Leaving Certificate Examination (including Day School Certificate (Higher) General paper), 1939
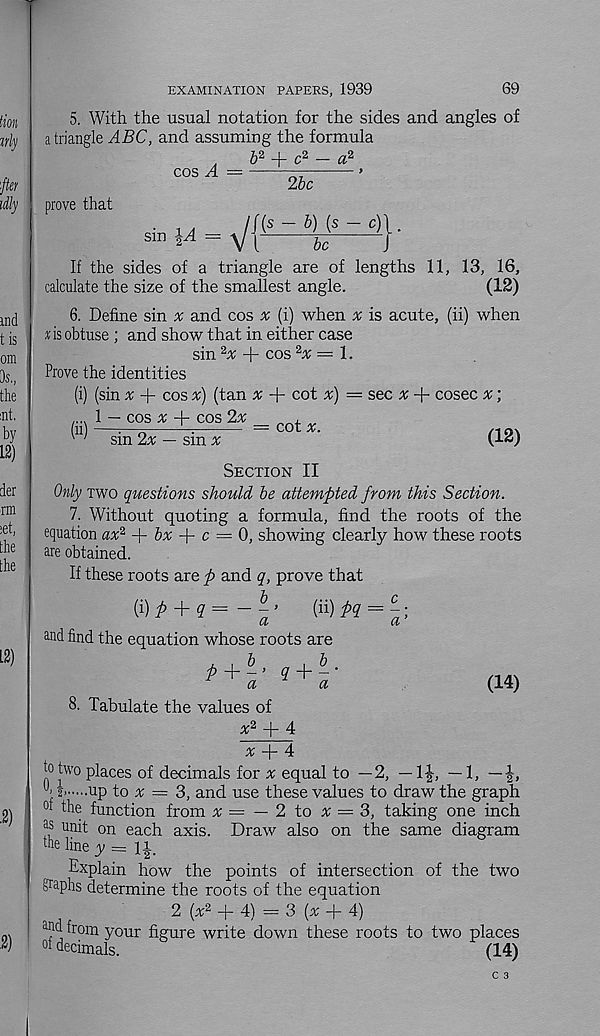
69
lion
%rly
'fief
idly
ind
t is
om
Os.,
the
mt.
by
12)
der
irm
:et,
the
the
12)
EXAMINATION PAPERS, 1939
5. With the usual notation for the sides and angles of
a triangle ABC, and assuming the formula
6 2 + c 2 — a 2
cos A —
prove that
sin IA
2bc
s — b) (s
be
A\
J
If the sides of a triangle are of lengths 11, 13, 16,
calculate the size of the smallest angle.
(12)
6. Define sin % and cos rr (i) when x is acute, (ii) when
x is obtuse ; and show that in either case
sin 2 x + cos
= 1.
Prove the identities
W
(ii)
(sin ^ + cos x) (tan a; + cot x) = sec ^ + cosec a; ;
1 — cos a: 4- cos 2a;
• ;
COt %.
qx
sm 2% — sm a;
Section II
Only two questions should be attempted from this Section.
7. Without quoting a formula, find the roots of the
equation ax 2 f- bx fi- c = 0, showing clearly how these roots
are obtained.
If these roots are p and q, prove that
( x ) P A- q = —
(ii) M = c -\
a
and find the equation whose roots are
, , b
, b
p A-? + -•
a
a
8. Tabulate the values of
(14)
a; 2 + 4
a; + 4
to two places of decimals for x equal to —2, — IJ, — 1, — J,
?> up to a; = 3, and use these values to draw the graph
°t the function from a; = — 2 to a; = 3, taking one inch
as unit on each axis. Draw also on the same diagram
the line y — Ji.
Explain how the points of intersection of the two
thaphs determine the roots of the equation
2 [x 2 + 4) = 3 (a; + 4)
a nd from your figure write down these roots to two places
01 decimals.
(14)